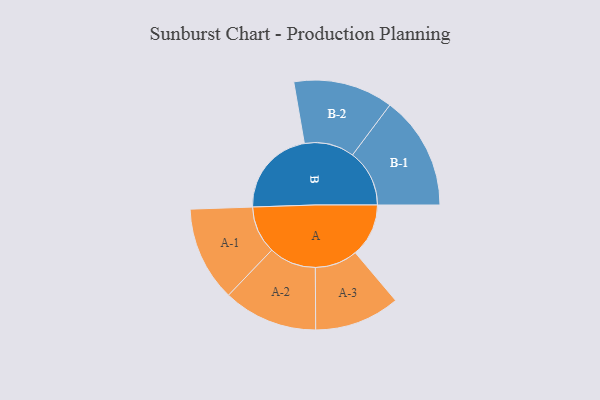
{"axis": {"x": "Segment", "y": "Value"}, "legend": ["", "A", "B"], "data": [{"x": "A", "y": 236, "type": ""}, {"x": "B", "y": 389, "type": ""}, {"x": "A-1", "y": 210, "type": "A"}, {"x": "A-2", "y": 209, "type": "A"}, {"x": "A-3", "y": 189, "type": "A"}, {"x": "B-1", "y": 252, "type": "B"}, {"x": "B-2", "y": 221, "type": "B"}]}